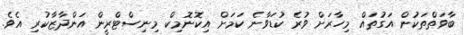
ބާވަތްތަކުން އަގުތައް މިހާރަށް ވުރެ ކުޑަވާނެ ކަމަށް އިކޮނޮމިކް މިނިސްޓްރީން އަންދާޒާކުރި އެވެ.